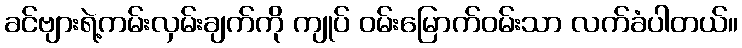
ခင်ဗျားရဲ့ကမ်းလှမ်းချက်ကို ကျုပ် ဝမ်းမြောက်ဝမ်းသာ လက်ခံပါတယ်။